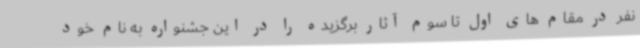
نفر در مقام های اول تا سوم آثار برگزیده را در این جشنواره به نام خود